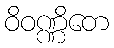
ဝိဝဏ္ဏိတေ